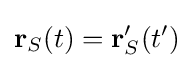
\mathbf {r} _{S}(t)=\mathbf {r} '_{S}(t')